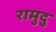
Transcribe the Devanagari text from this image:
रामुदु